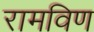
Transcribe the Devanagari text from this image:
रामविण